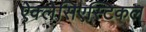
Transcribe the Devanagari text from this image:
ऐक्लेसिएस्टिकल